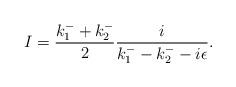
LaTeX: \begin{align*}I=\frac{k_{1}^{-}+k_{2}^{-}}{2}\frac{i}{k_{1}^{-}-k_{2}^{-}-i\epsilon}.\end{align*}